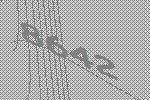
8642